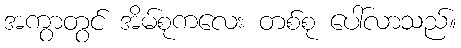
အကွာတွင် အိမ်စုကလေး တစ်စု ပေါ်လာသည်။